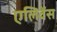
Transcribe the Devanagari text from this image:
एलिवेंस